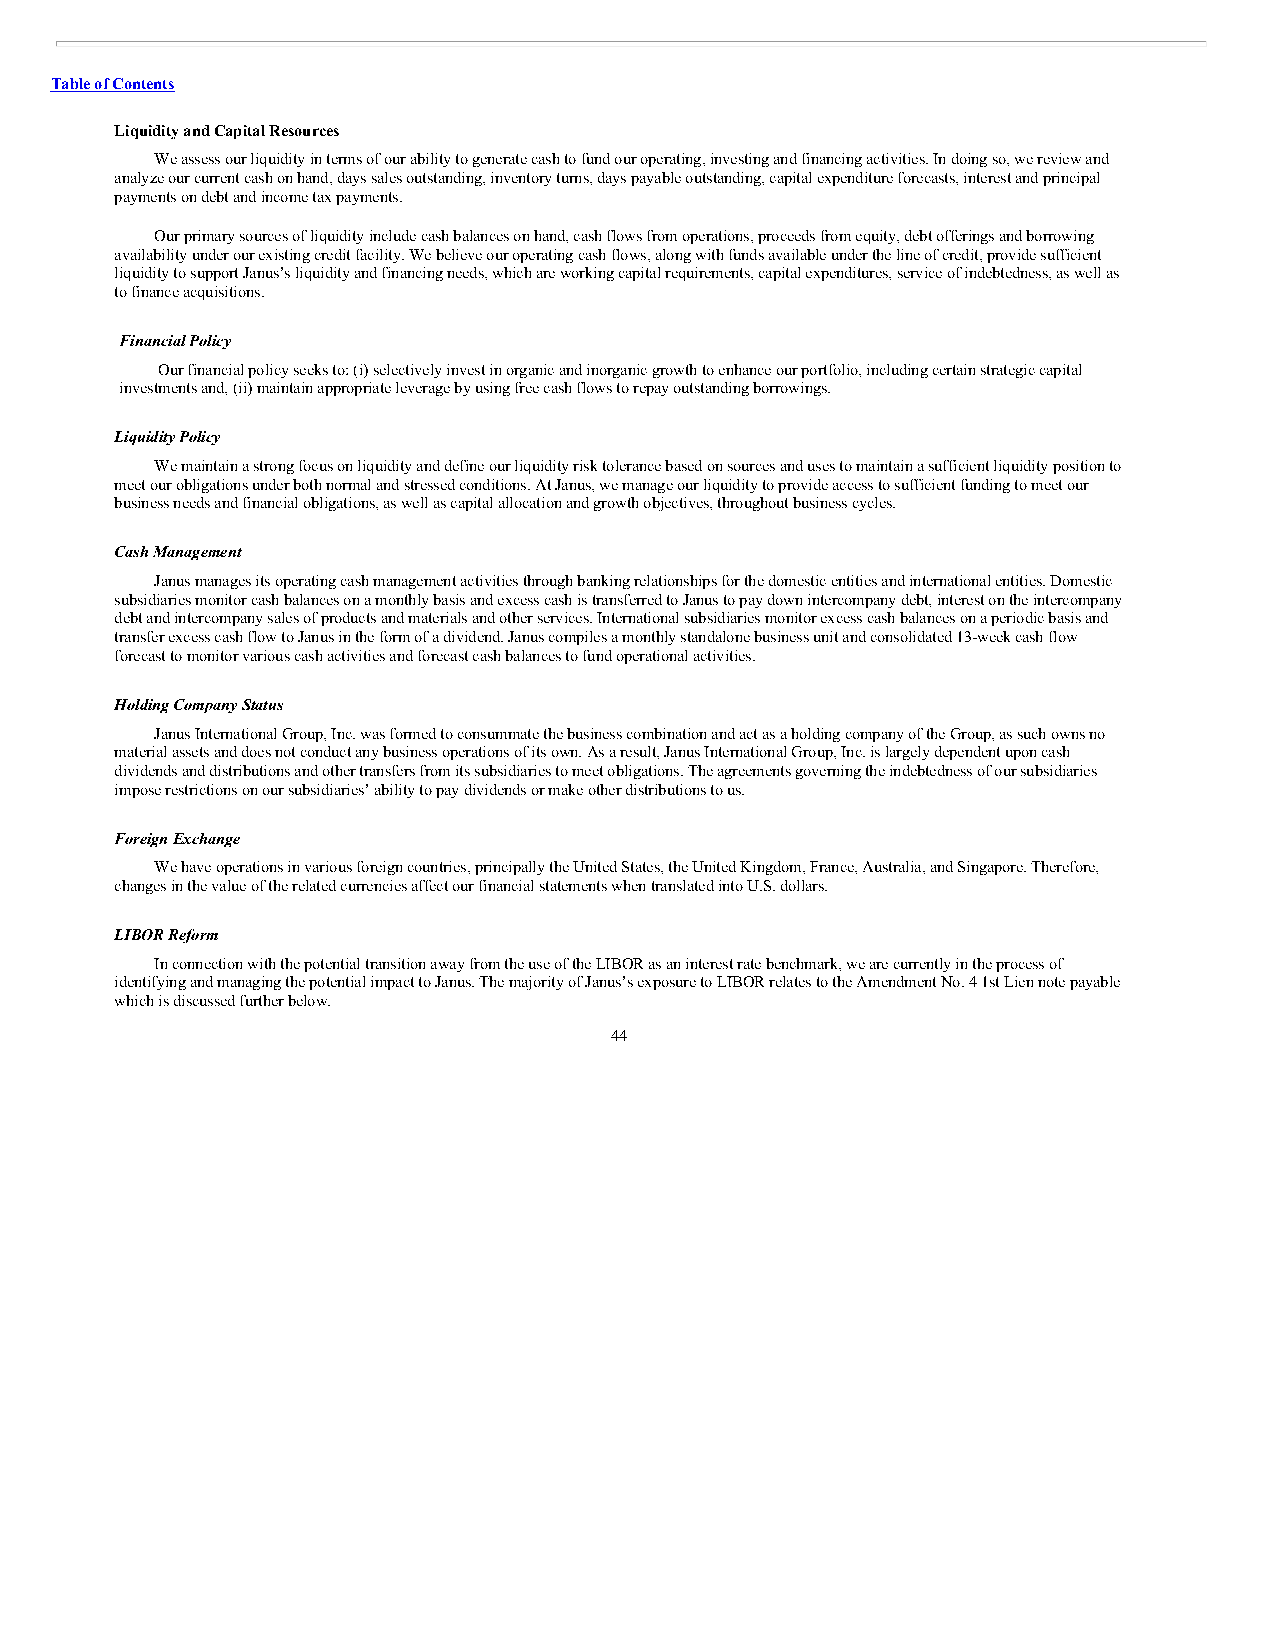
Table of Contents
 Liquidity and Capital Resources
 We assess our liquidity in terms of our ability to generate cash to fund our operating, investing and financing activities. In doing so, we review and
 analyze our current cash on hand, days sales outstanding, inventory turns, days payable outstanding, capital expenditure forecasts, interest and principal
 payments on debt and income tax payments.
 Our primary sources of liquidity include cash balances on hand, cash flows from operations, proceeds from equity, debt offerings and borrowing
 availability under our existing credit facility. We believe our operating cash flows, along with funds available under the line of credit, provide sufficient
 liquidity to support Janus’s liquidity and financing needs, which are working capital requirements, capital expenditures, service of indebtedness, as well as
 to finance acquisitions.
 Financial Policy
 Our financial policy seeks to: (i) selectively invest in organic and inorganic growth to enhance our portfolio, including certain strategic capital
 investments and, (ii) maintain appropriate leverage by using free cash flows to repay outstanding borrowings.
 Liquidity Policy
 We maintain a strong focus on liquidity and define our liquidity risk tolerance based on sources and uses to maintain a sufficient liquidity position to
 meet our obligations under both normal and stressed conditions. At Janus, we manage our liquidity to provide access to sufficient funding to meet our
 business needs and financial obligations, as well as capital allocation and growth objectives, throughout business cycles.
 Cash Management
 Janus manages its operating cash management activities through banking relationships for the domestic entities and international entities. Domestic
 subsidiaries monitor cash balances on a monthly basis and excess cash is transferred to Janus to pay down intercompany debt, interest on the intercompany
 debt and intercompany sales of products and materials and other services. International subsidiaries monitor excess cash balances on a periodic basis and
 transfer excess cash flow to Janus in the form of a dividend. Janus compiles a monthly standalone business unit and consolidated 13-week cash flow
 forecast to monitor various cash activities and forecast cash balances to fund operational activities.
 Holding Company Status
 Janus International Group, Inc. was formed to consummate the business combination and act as a holding company of the Group, as such owns no
 material assets and does not conduct any business operations of its own. As a result, Janus International Group, Inc. is largely dependent upon cash
 dividends and distributions and other transfers from its subsidiaries to meet obligations. The agreements governing the indebtedness of our subsidiaries
 impose restrictions on our subsidiaries’ ability to pay dividends or make other distributions to us.
 Foreign Exchange
 We have operations in various foreign countries, principally the United States, the United Kingdom, France, Australia, and Singapore. Therefore,
 changes in the value of the related currencies affect our financial statements when translated into U.S. dollars.
 LIBOR Reform
 In connection with the potential transition away from the use of the LIBOR as an interest rate benchmark, we are currently in the process of
 identifying and managing the potential impact to Janus. The majority of Janus’s exposure to LIBOR relates to the Amendment No. 4 1st Lien note payable
 which is discussed further below.
 44